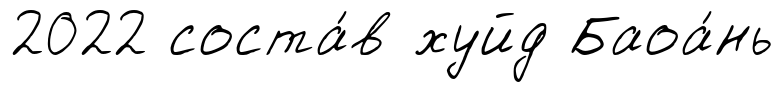
2022 соста́в хуйд Баоа́нь